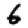
Digit: 6